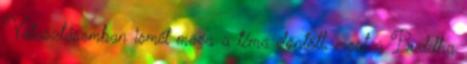
Választásomban ismét maga a téma döntött, most a Buddha